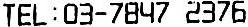
TEL : 03-7847 2376